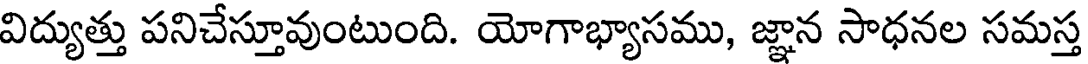
విద్యుత్తు పనిచేస్తూవుంటుంది. యోగాభ్యాసము, జ్ఞాన సాధనల సమస్త